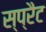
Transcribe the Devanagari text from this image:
स्प्रैट